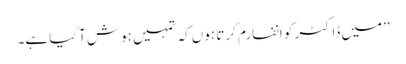
’’میں ڈاکٹر کو انفارم کرتا ہوں کہ تمہیں ہوش آگیا ہے۔